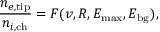
\frac { n _ { e , \mathrm { t i p } } } { n _ { i , \mathrm { c h } } } = F ( v , R , E _ { \mathrm { m a x } } , E _ { \mathrm { b g } } ) ,